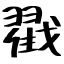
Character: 戳